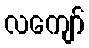
လကျော်